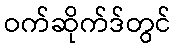
ဝက်ဆိုက်ဒ်တွင်